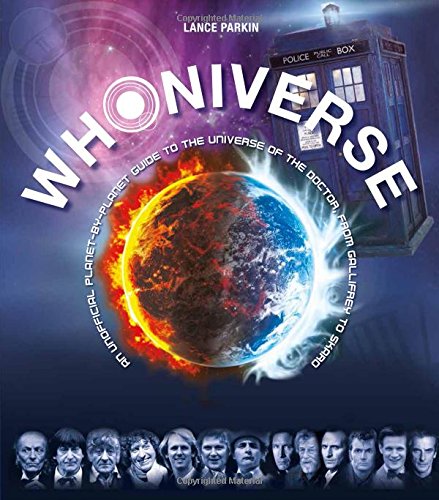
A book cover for Whoniverse: An Unofficial Planet-by-Planet Guide to the World of the Doctor from Gallifrey to Skaro; Lance Parkin; Humor & Entertainment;